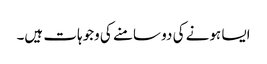
ایسا ہونے کی دو سامنے کی وجوہات ہیں۔